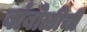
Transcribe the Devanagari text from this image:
बांबोळीची